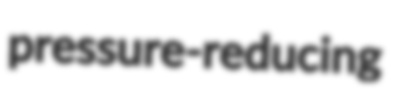
pressure-reducing